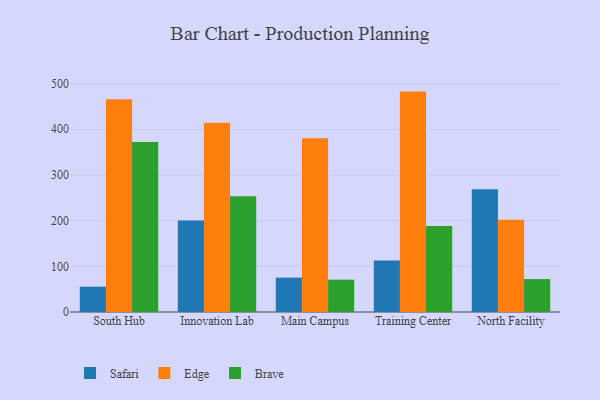
{"axis": {"x": "Campus", "y": "Operating Costs (USD K)"}, "legend": ["Brave", "Edge", "Safari"], "data": [{"x": "South Hub", "y": 55.4, "type": "Safari"}, {"x": "South Hub", "y": 465.4, "type": "Edge"}, {"x": "South Hub", "y": 372.1, "type": "Brave"}, {"x": "Innovation Lab", "y": 200.1, "type": "Safari"}, {"x": "Innovation Lab", "y": 414.3, "type": "Edge"}, {"x": "Innovation Lab", "y": 253.5, "type": "Brave"}, {"x": "Main Campus", "y": 75.2, "type": "Safari"}, {"x": "Main Campus", "y": 380.3, "type": "Edge"}, {"x": "Main Campus", "y": 70.8, "type": "Brave"}, {"x": "Training Center", "y": 112.9, "type": "Safari"}, {"x": "Training Center", "y": 482.4, "type": "Edge"}, {"x": "Training Center", "y": 188.1, "type": "Brave"}, {"x": "North Facility", "y": 268.7, "type": "Safari"}, {"x": "North Facility", "y": 201.8, "type": "Edge"}, {"x": "North Facility", "y": 72.1, "type": "Brave"}]}